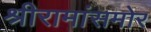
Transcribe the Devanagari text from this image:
श्रीरामांसमोर